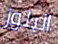
البلوز